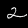
Digit: 2